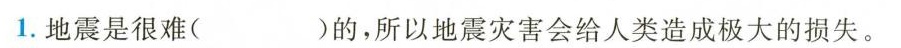
1.地震是很难( )的，所以地震灾害会给人类造成极大的损失。